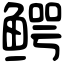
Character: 鳄